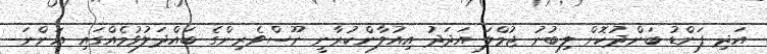
އަދި ފަންޑު ބަންދުކޮށް ލިބުނު ޖުމްލަ އަދަދު އިއުލާންކުރާނީ ނޫސްވެރިންގެ ބައްދަލުވުމެއްގައި އަންނަ